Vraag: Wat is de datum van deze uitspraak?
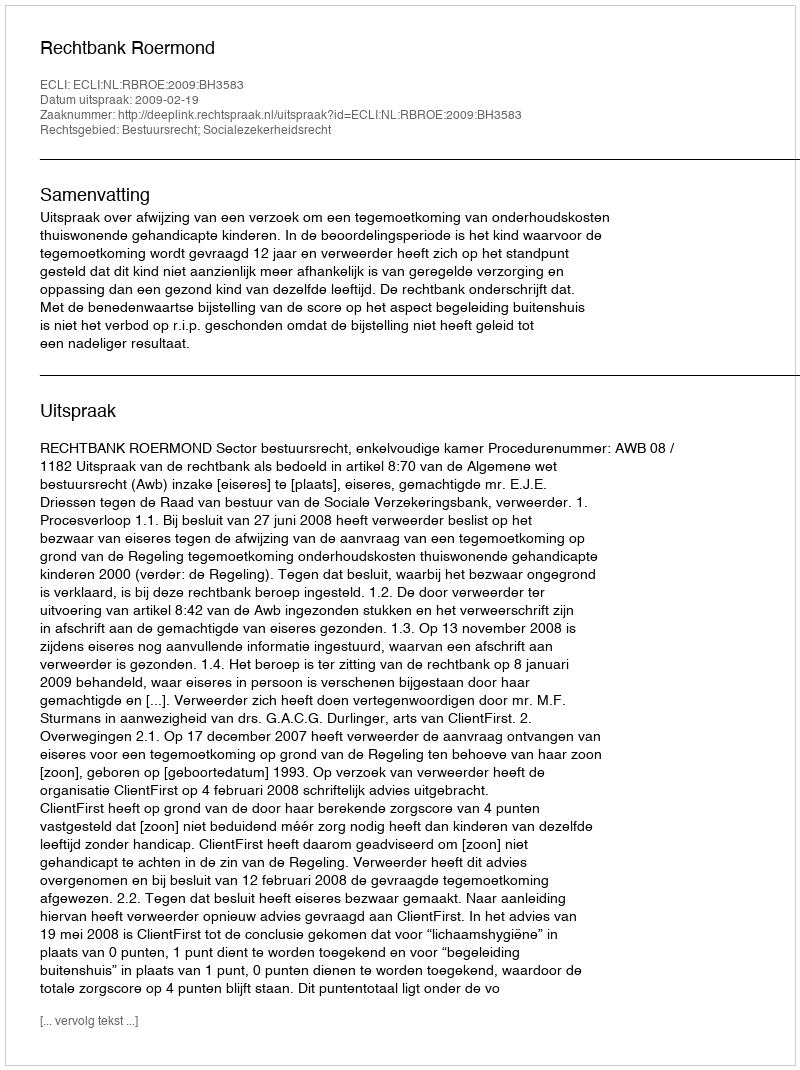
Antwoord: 2009-02-19